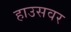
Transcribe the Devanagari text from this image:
हाउसवर